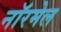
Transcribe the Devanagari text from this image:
नॉरमेल